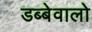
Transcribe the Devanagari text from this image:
डब्बेवालो